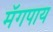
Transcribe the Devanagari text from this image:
मॅगपाय